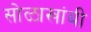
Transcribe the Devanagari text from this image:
सोळाखांबी